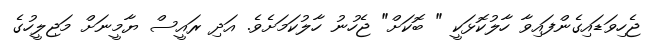
ޖެހިވަޑައިގެންފައިވާ ހާލުކޮޅަކީ " ބޮކަށް" ޖެހުނު ހާލުކަމަށެވެ. އަދި ރައީސް ޔާމީނަށް މަޖިލީހުގެ